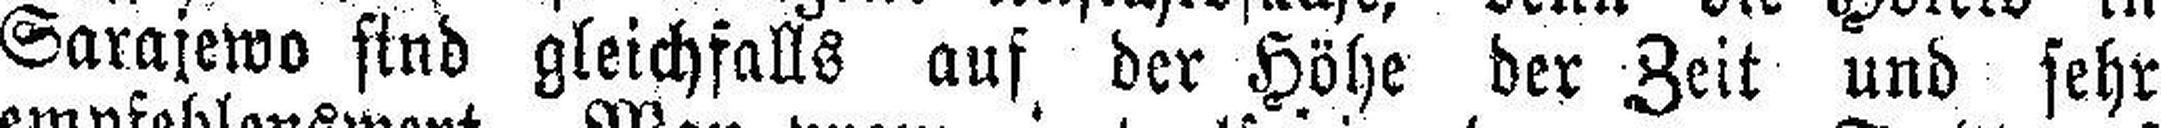
Sarajewo sind gleichfalls auf der Höhe der Zeit und sehr